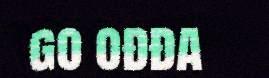
go ođđa